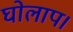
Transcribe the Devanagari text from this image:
घोलाप।